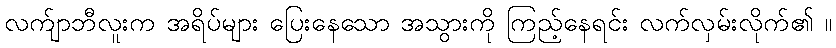
လက်ျာဘီလူးက အရိပ်များ ပြေးနေသော အသွားကို ကြည့်နေရင်း လက်လှမ်းလိုက်၏ ။